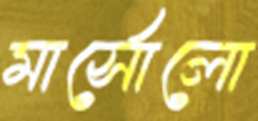
মার্সোলো